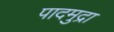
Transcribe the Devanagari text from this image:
पादमुद्रा